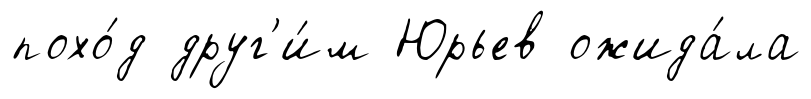
похо́д друг'и́м Юрьев ожида́ла